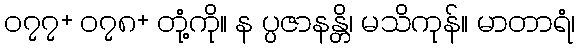
၀၇၇+ ၀၇၈+ တုံ့ကို။ န ပ္ပဇာနန္တိ၊ မသိကုန်။ မာတာရံ၊